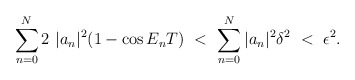
\begin{align*}\sum_{n=0}^{N} 2 \ |a_n|^2 (1 - \cos E_n T) \ <\ \sum_{n=0}^{N} |a_n|^2\delta^2 \ < \ \epsilon^2.\end{align*}